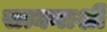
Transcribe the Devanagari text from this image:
सत्यनाशी